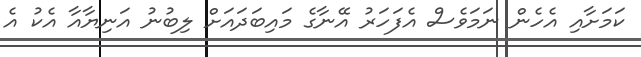
ކަމަށާއި އެހެން ނަމަވެސް އެފަހަރު އޭނާގެ މައިބަދައަށް ލިބުނު އަނިޔާއާ އެކު އެ